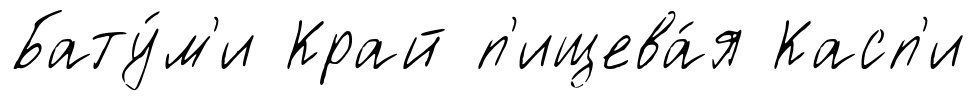
Бату́м'и Край п'ищева́я Касп'и